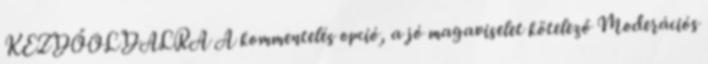
KEZDŐOLDALRA A kommentelés opció, a jó magaviselet kötelező Moderációs